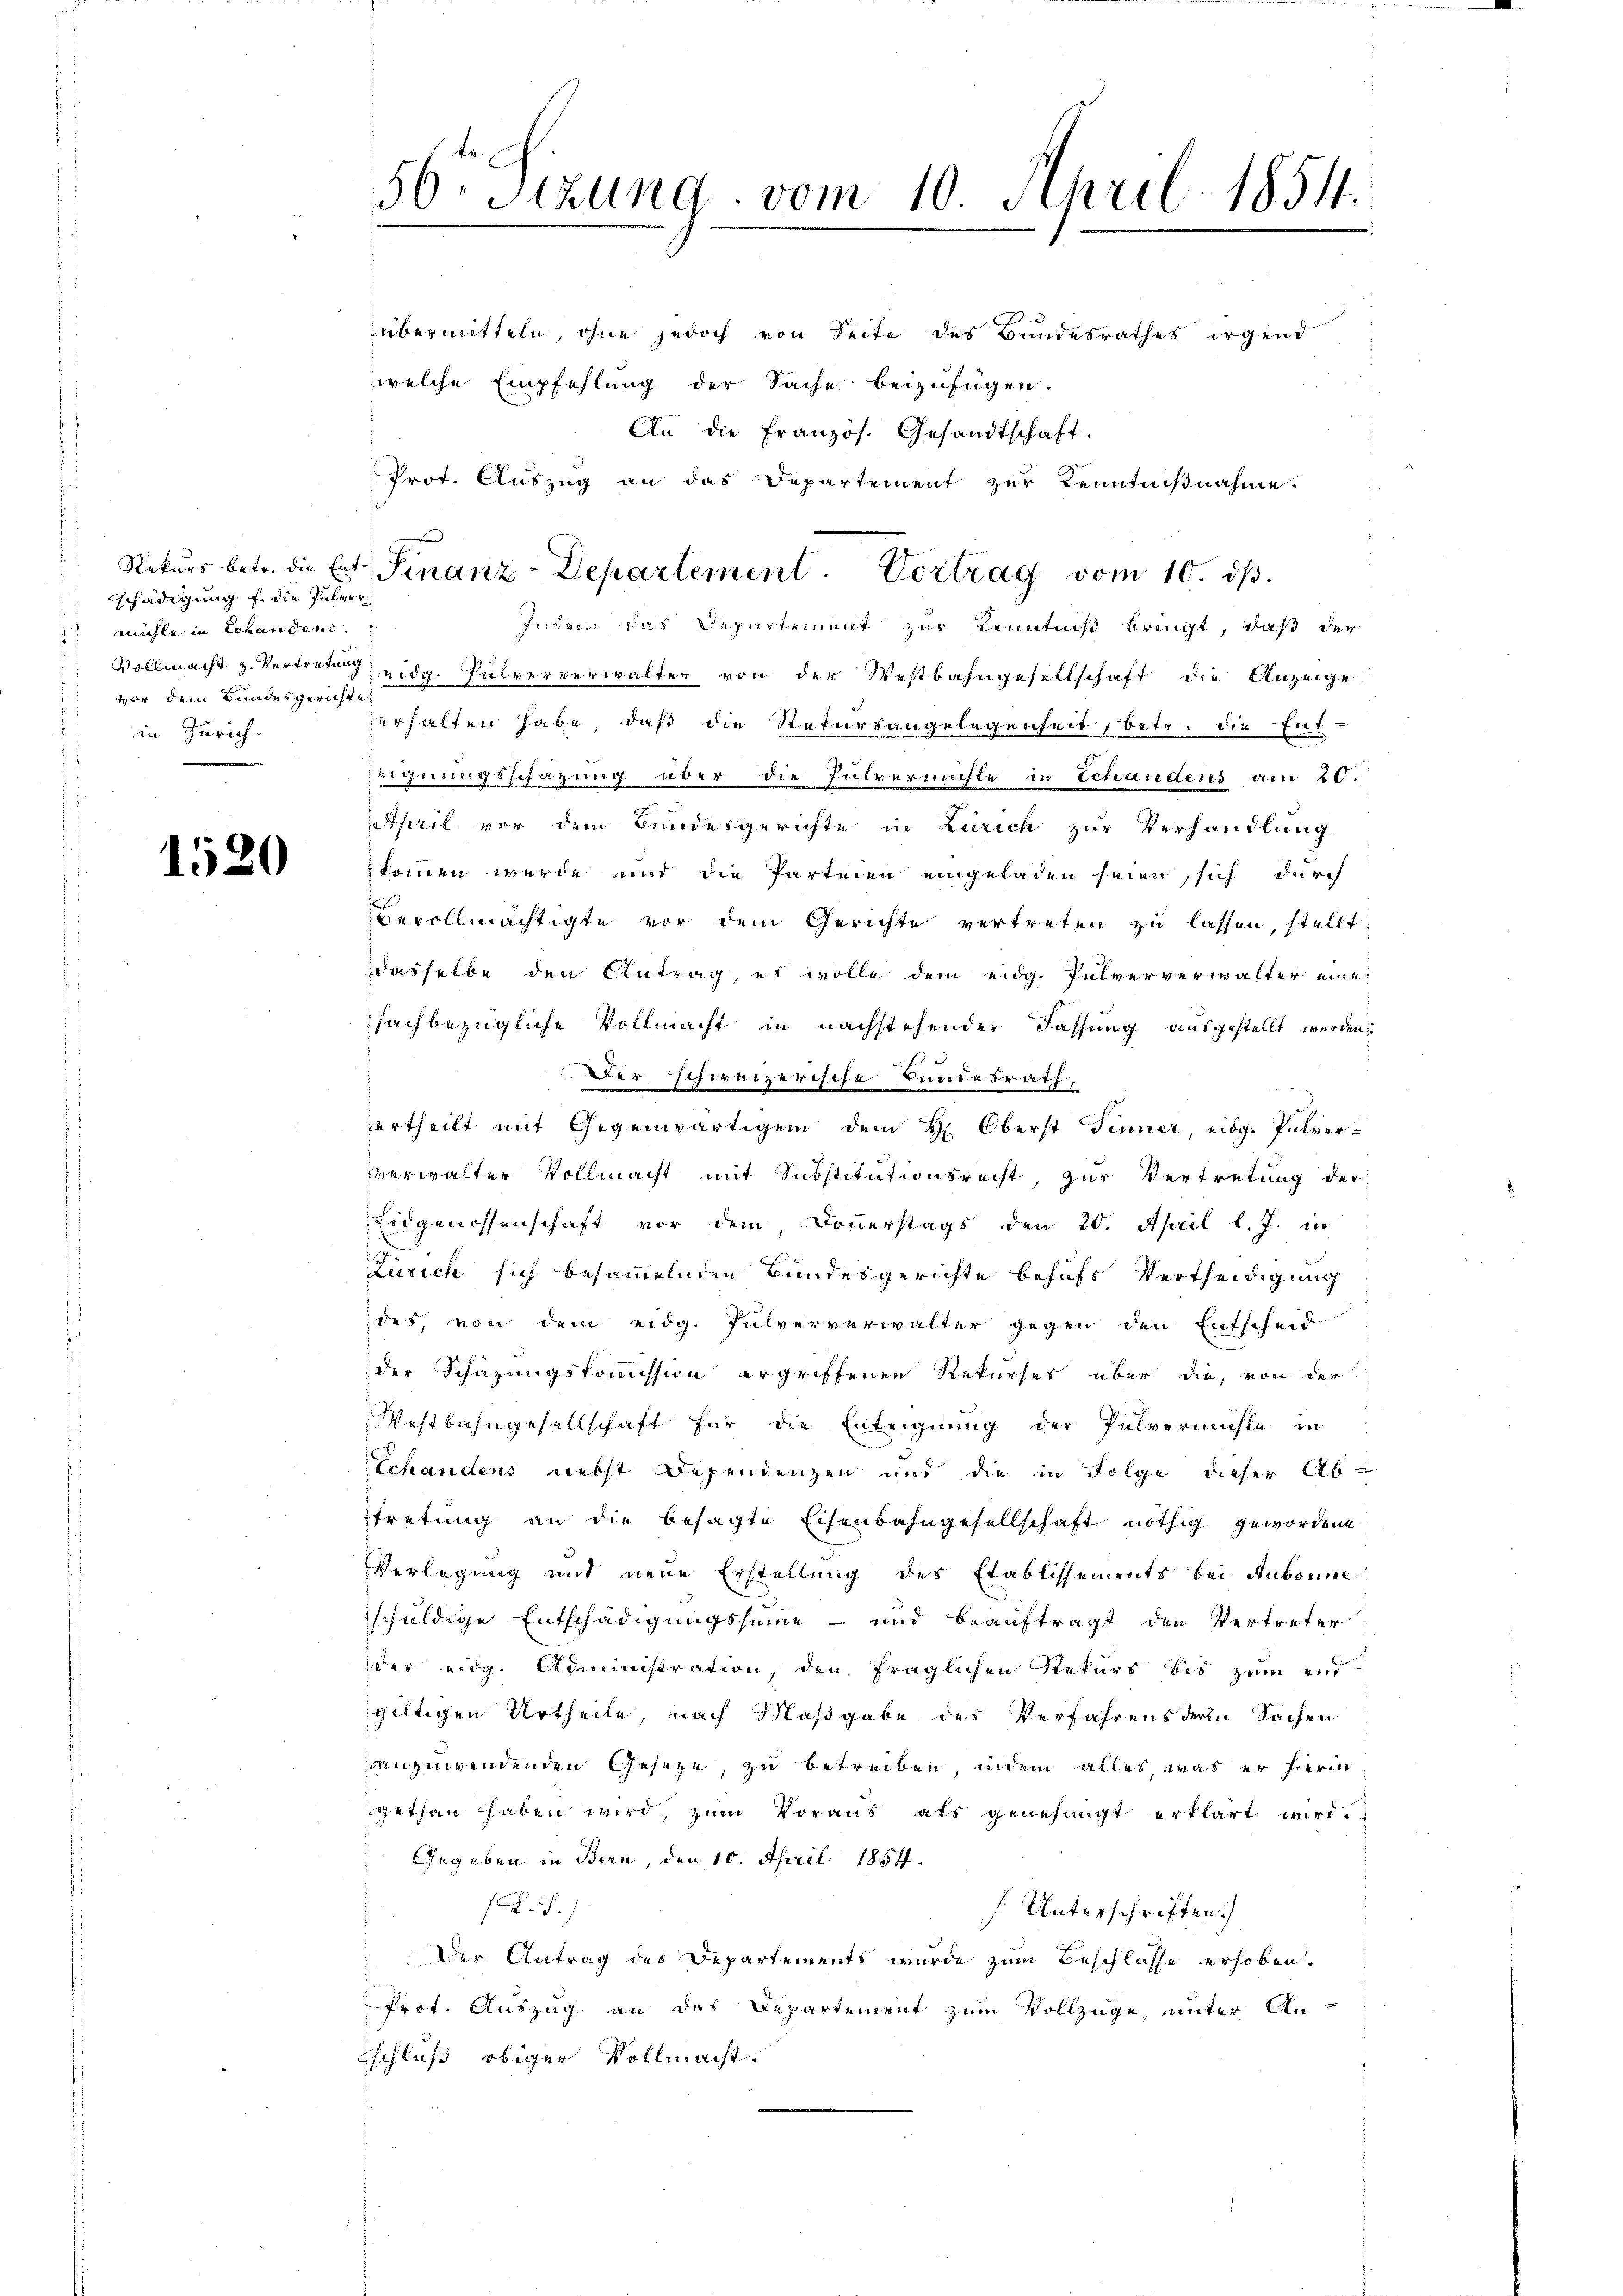
schädigung f. die Pulvermühle in Schandens.
vor dem Bundesgerichte
in Zürich.

1520

56. Sizung vom 10. April 1854.
¬

welche Empfehlung der Sache beizufügen.
An die französ. Gesandtschaft.
Prot. Auszug an das Departement zur Kenntnißnahme.
Indem das Departement zur Kenntniß bringt, daß der
 Vollmacht z. Vertretung eidg. Pulververwalter von der Westbahngesellschaft die Anzeige
erhalten habe, daß die Rekursangelegenheit, betr. die Ent-
Reignungsschätzung über die Pulvermühle in Schandens am 20.
April vor dem Bundesgerichte in Zürich zur Verhandlung
kommen werde und die Parteien eingeladen seien, sich durch
Bevollmächtigte vor dem Gerichte vertreten zu lassen, stellt:
dasselbe den Antrag, es wolle dem eidg. Pulververwalter eine
fachbezügliche Vollmacht in nachstehender Fassung ausgestellt werden
Der schweizerische Bundesrath,
ertheilt mit Gegenwärtigen dem H. Oberst Finner, eidg. Pulvervverwalter Vollmacht mit Substitutionsrecht, zur Vertretung der
Eidgenossenschaft vor dem Donnerstags den 20. April l. J. in
Zürich sich besammelnden Bundesgerichte behufs Vertheidigung
des, von dem eidg. Pulververwalter gegen den Entscheid
der Schazungskommission ergriffenen Rekurses über die, von der
Westbahngesellschaft für die Enteignung der Pulvermühle in
Schandens nebst Dependenzen und die in Folge dieser Ab-
tretung an die besagte Eisenbahngesellschaft nöthig gewordene
Verlegung und neue Erstellung des Etablissements bei Aubonne
schuldige Entschädigungssumme – und beauftragt den Vertreter
der eidg. Administration, den fraglichen Rekurs bis zum „
gültigen Urtheile, nach Maßgabe des Verfahrens deren Sachen
anzuwendenden Gesetze, zu betreiben, indem alles, was er hierin
gethan haben wird, zum Voraus als genehmigt erklärt wird.
Gegeben in Bern, den 10. April 1854.
F.)
Unterschriften.)
Der Antrag des Departements wurde zum Beschlüsse erhoben.
Prot. Auszug an das Departement zum Vollzuge, unter An-
Eschluß obiger Vollmacht.

Rekurs betr. die Ent. Finanz-Departement. Vortrag vom 10. ds.

übermitteln, ohne jedoch von Seite des Bundesrathes irgend